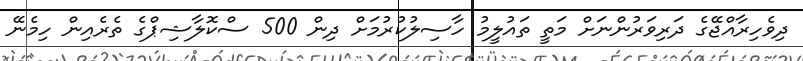
ދިވެހިރާއްޖޭގެ ދަރިވަރުންނަށް މަތީ ތައުލީމު ހާސިލުކުރުމަށް ދިން 500 ސްކޮލާޝިޕްގެ ތެރެއިން ހިމެނޭ